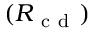
( R _ { \mathrm { ~ c ~ d ~ } } )